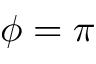
\phi = \pi